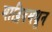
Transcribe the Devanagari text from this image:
माद्रिदमधून